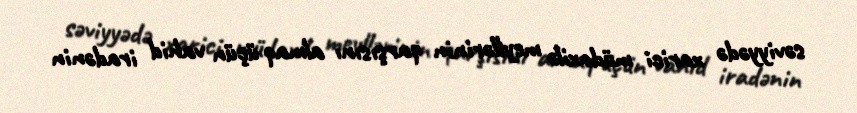
səviyyədə xarici müdaxilə meyllərinin qarşısını almaq üçün vahid iradənin